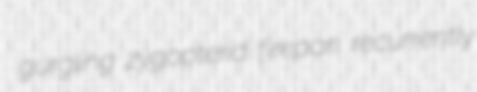
gurgling zygopterid firepan recurrently